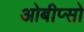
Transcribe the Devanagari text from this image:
ओबीप्‍सो